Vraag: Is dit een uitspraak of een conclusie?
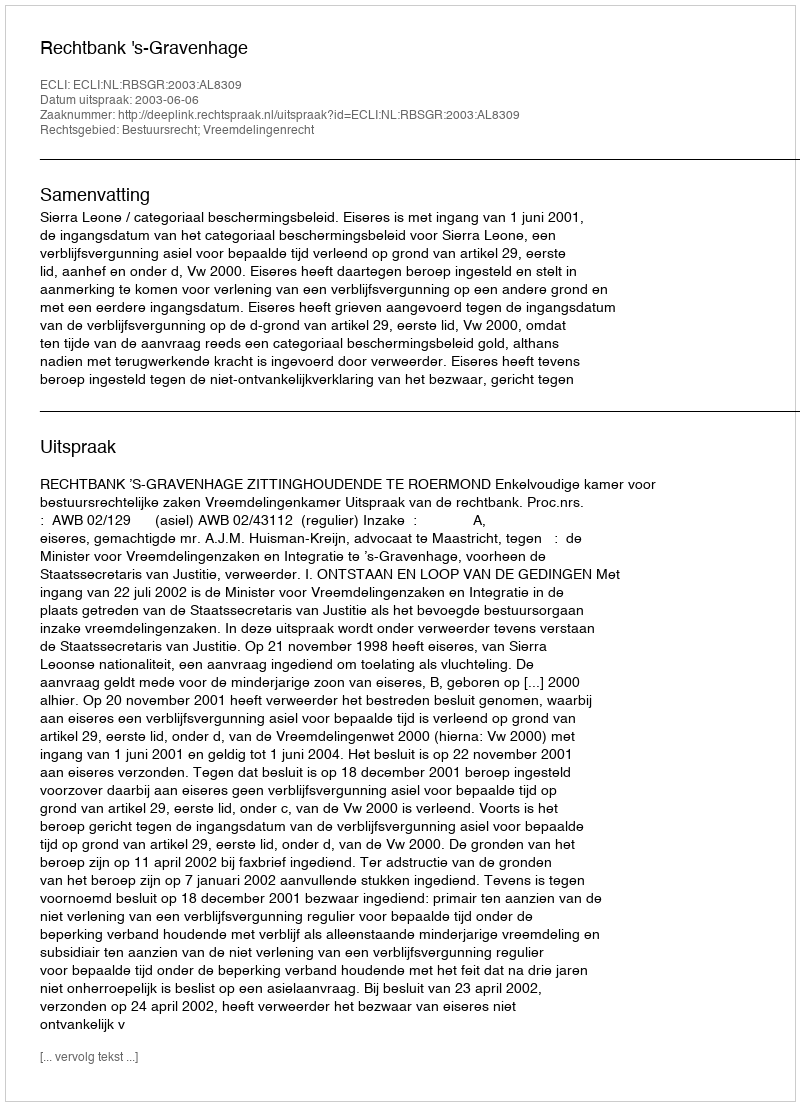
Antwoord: Uitspraak